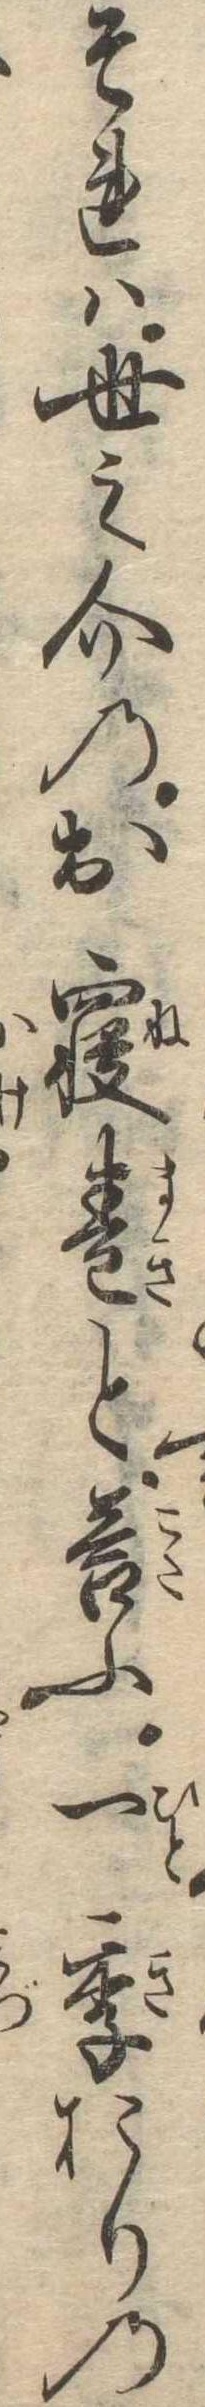
それは世之介のお寝巻と答ふ一季おりの